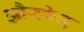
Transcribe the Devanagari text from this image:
औरकेतु